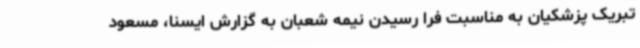
تبریک پزشکیان به مناسبت فرا رسیدن نیمه شعبان به گزارش ایسنا، مسعود